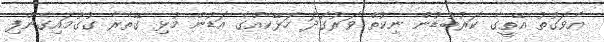
އެވަގުތު އޭތީގެ ކަރުބުޑުން ނިކުތް ވަރުގަދަ ހަޅޭކެއްގެ އަޑުން މުޅި ގޭތެރެ ގުގުމައިގެންފި